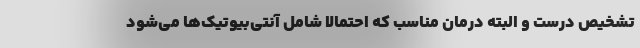
تشخیص درست و البته درمان مناسب که احتمالاً شامل آنتی‌بیوتیک‌ها می‌شود